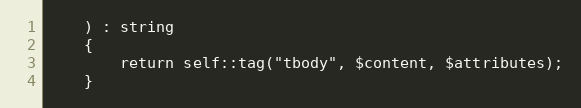
Language: PHP
    ) : string
    {
        return self::tag("tbody", $content, $attributes);
    }